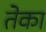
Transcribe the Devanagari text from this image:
तेका